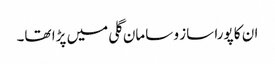
ان کا پورا ساز و سامان گلی میں پڑا تھا۔